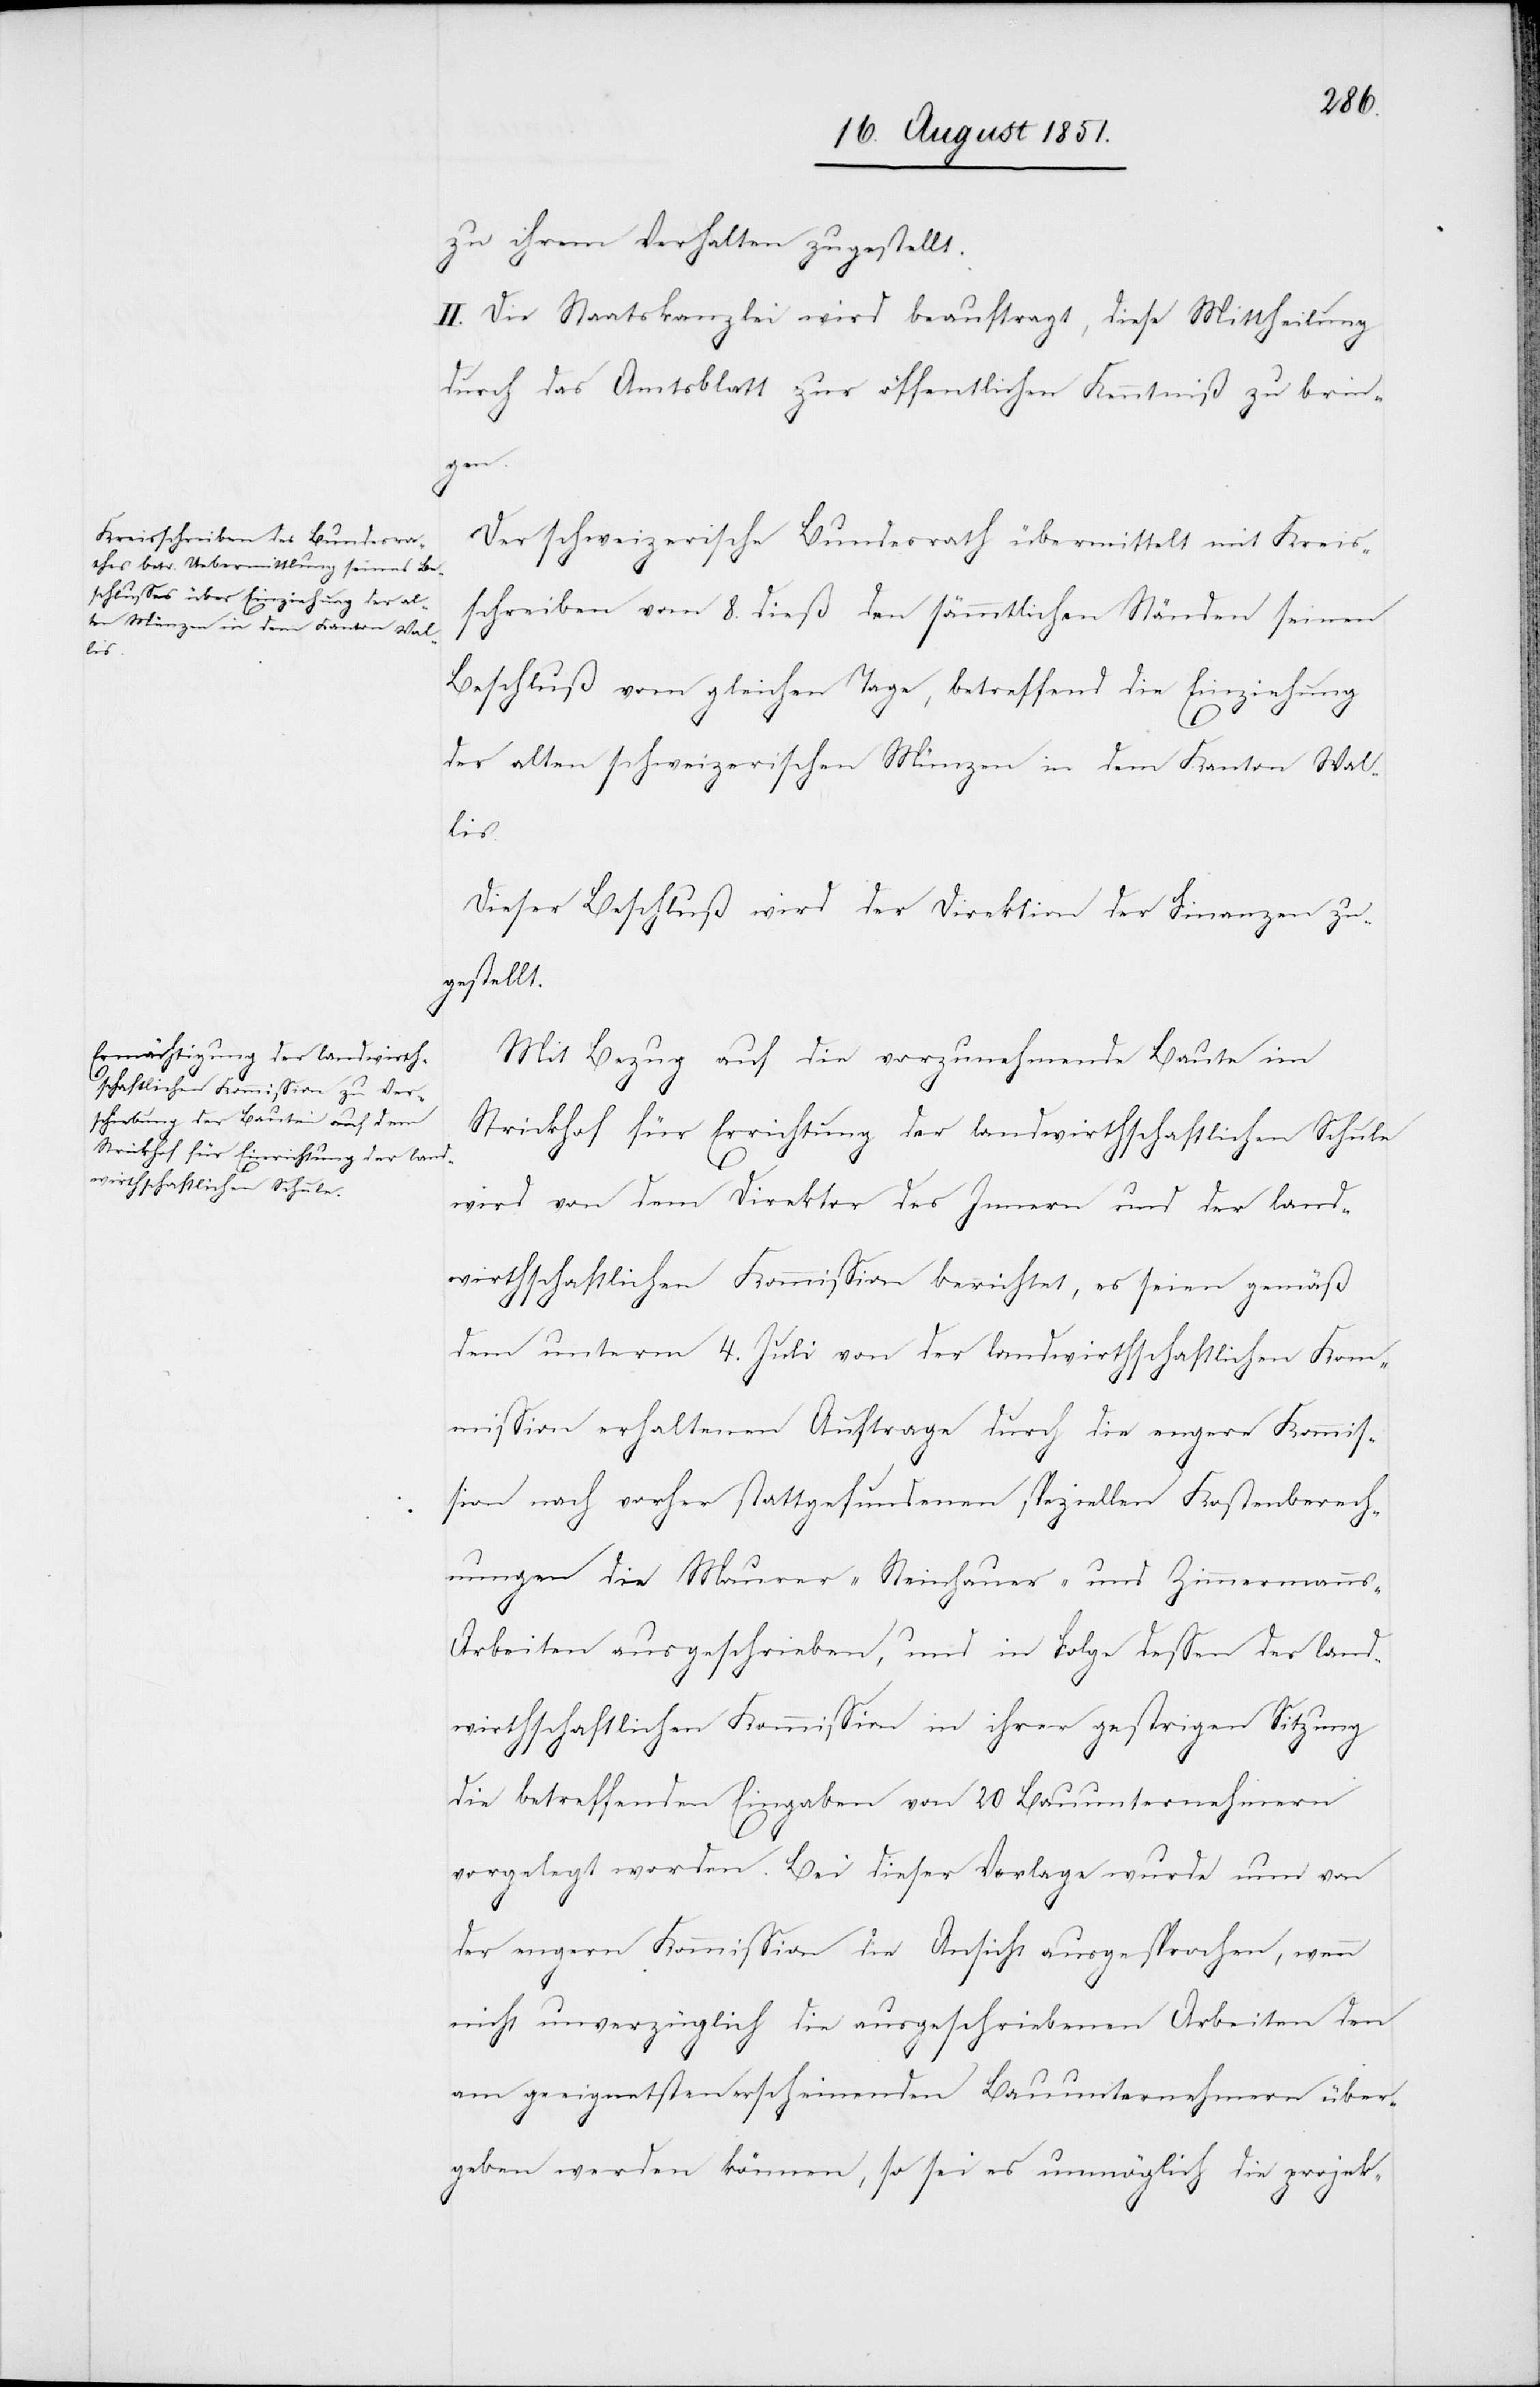
zu ihrem Verhalten zugestellt.
II. Die Staatskanzlei wird beauftragt, diese Mittheilung
durch das Amtsblatt zur öffentlichen Kenntniß zu brin¬
gen.
Der schweizerische Bundesrath übermittelt mit Kreis¬
schreiben vom 8. dieß den sämmtlichen Ständen seinen
Beschluß vom gleichen Tage, betreffend die Einziehung
der alten schweizerischen Münzen in dem Kanton Wal¬
lis.
Dieser Beschluß wird der Direktion der Finanzen zu¬
gestellt.
Mit Bezug auf die vorzunehmende Baute im
Strickhof für Errichtung der landwirthschaftlichen Schule
wird von dem Direktor des Innern und der land¬
wirthschaftlichen Kommission berichtet, es seien gemäß
dem unterm 4. Juli von der landwirthschaftlichen Kom¬
mission erhaltenen Auftrage durch die engere Kommis¬
sion nach vorher stattgefundenen speziellen Kostenberech¬
nungen die Maurer-[,] Steinhauer- und Zimmermann¬
s-Arbeiten ausgeschrieben, und in Folge dessen der land¬
wirthschaftlichen Kommission in ihrer gestrigen Sitzung
die betreffenden Eingaben von 20 Bauunternehmern
vorgelegt worden. Bei dieser Vorlage wurde nun von
der engern Kommission die Ansicht ausgesprochen, wenn
nicht unverzüglich die ausgeschriebenen Arbeiten den
am geeignetsten erscheinenden Bauunternehmern über¬
geben werden können, so sei es unmöglich die projek-